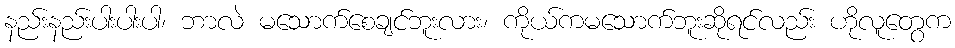
နည်းနည်းပါးပါးပါ၊ ဘာလဲ မသောက်စေချင်ဘူးလား၊ ကိုယ်ကမသောက်ဘူးဆိုရင်လည်း ဟိုလူတွေက